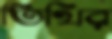
তিথির